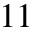
^ { 1 1 }